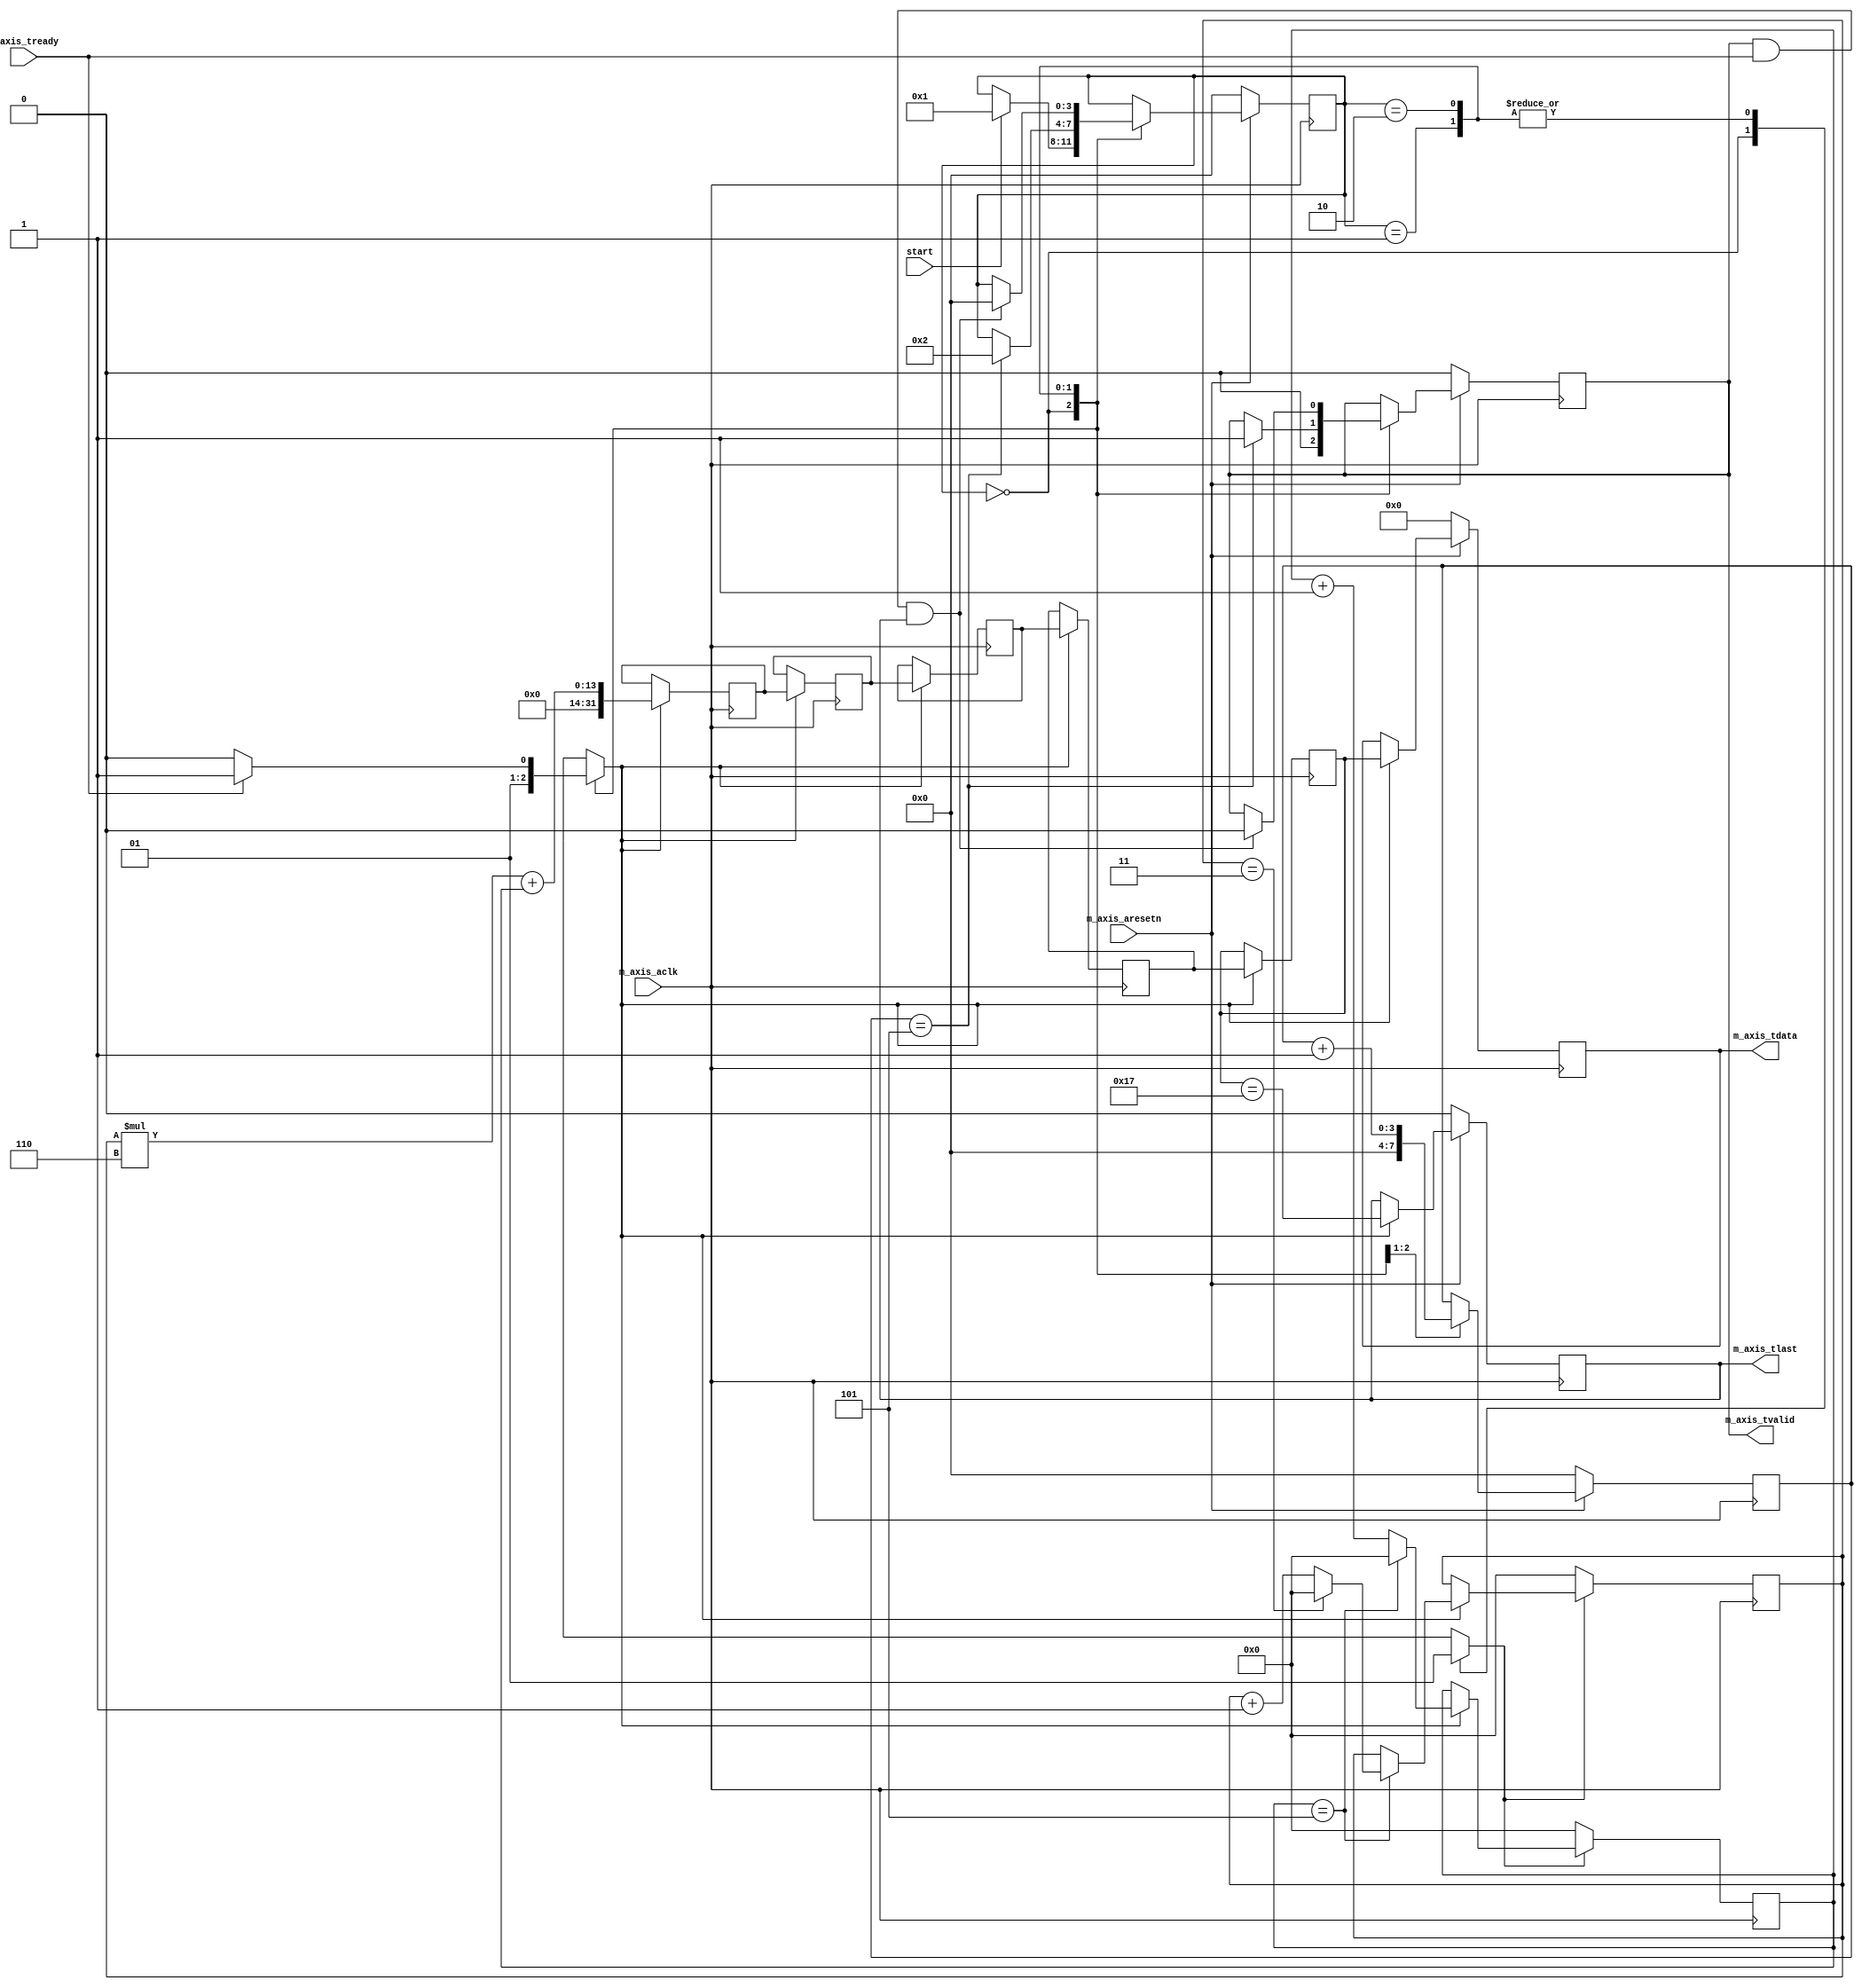
`timescale 1ns / 1ps
//////////////////////////////////////////////////////////////////////////////////
// Company: HITSZ
// 
// Design Name: 
// Module Name: ImgBoundaryFlag
// Project Name: 
// Target Devices: 
// Tool Versions: 
// Description: 
// 
// Dependencies: 
// 
// Revision:
// Revision 0.01 - File Created
// Additional Comments:
// 
//////////////////////////////////////////////////////////////////////////////////


module  coor_warper #
(
    parameter ROW = 4,
    parameter COL = 6
)
(
    input start,
    // Ports of Axi Master Bus Interface M_AXIS
    input wire  m_axis_aclk,
    input wire  m_axis_aresetn,
    output reg  m_axis_tvalid,
    output reg [31 : 0] m_axis_tdata,
    output reg  m_axis_tlast,
    input wire  m_axis_tready
);
localparam IDLE = 0,
           INIT = 1, 
           WORK = 2;
localparam pipeLatency = 5;
reg [9:0] col_cnt; 
reg [9:0] row_cnt;
reg cnt_en,cnt_rstn;
reg [3:0] state;


reg[3:0] init_cnt;
always @ (posedge m_axis_aclk) begin
    if(~m_axis_aresetn) begin
        state <= 0;
        m_axis_tvalid <= 0;
        init_cnt <= 0;
    end
    else begin
        case(state)
            IDLE:begin
                init_cnt <= 0;
                m_axis_tvalid <= 0;
                if(start) begin
                    state <= INIT;
                end
            end
            INIT:begin
                init_cnt <= init_cnt + 1;
                if(init_cnt == 5) begin
                    state <= WORK;
                    m_axis_tvalid <= 1;
                end
            end
            WORK:begin
                if(m_axis_tvalid && m_axis_tready && m_axis_tlast) begin
                    m_axis_tvalid <= 0;
                    state <= IDLE;
                end


            end
        endcase
    end
end
always @ * begin
    case(state) 
        IDLE: begin
            cnt_en = 0;
            cnt_rstn = 0;
        end
        INIT: begin
            cnt_en = 1;
            cnt_rstn = 1;
        end
        WORK: begin
            cnt_en = m_axis_tready? 1 : 0;
            cnt_rstn = 1;
        end
        default: begin
            cnt_en = 1'bx;
            cnt_rstn = 1'bx;
        end
    endcase
    
end


always @ (posedge m_axis_aclk) begin
    if(!cnt_rstn)
        col_cnt <= 0;
    else if(cnt_en)
        col_cnt <= (col_cnt==COL-1) ? 0 : col_cnt + 1;
end

always @ (posedge m_axis_aclk) begin
    if(!cnt_rstn)
        row_cnt <= 0;
    else if(cnt_en)
        if(col_cnt==COL-1)
            row_cnt <= (row_cnt==ROW-1) ? 0 : row_cnt + 1;
end






reg [31:0] data_delay[pipeLatency-1:0];
integer i;
always @(posedge m_axis_aclk) begin
    if(cnt_en) begin
        for(i=0; i<pipeLatency-1; i=i+1)
            data_delay[i+1] <= data_delay[i];
        data_delay[0] <= row_cnt*COL + col_cnt;
    end
end

always @ (posedge m_axis_aclk) begin
    if(~m_axis_aresetn) begin
        m_axis_tdata <= 0;
        m_axis_tlast <= 0;
    end
    else if(cnt_en) begin
        m_axis_tdata <= data_delay[pipeLatency-1];
        m_axis_tlast <= data_delay[pipeLatency-1] == (ROW*COL-1);
    end
end


endmodule